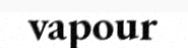
vapour